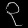
Digit: ၃